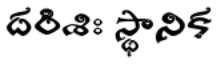
దరిశిః స్థానిక